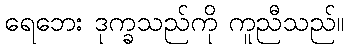
ရေဘေး ဒုက္ခသည်ကို ကူညီသည်။